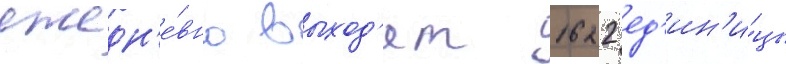
ежедн'е́вно выход'ят 1622 ед'ин'и́цы